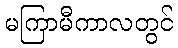
မကြာမီကာလတွင်